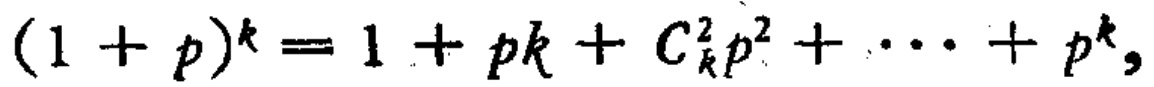
\((1 + p)^k = 1 + pk + C_{k}^{2}p^{2} + \cdots + p^{k},\)